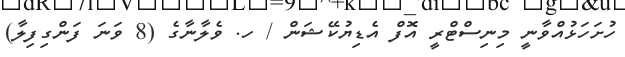
ހުށަހަޅުއްވާނީ މިނިސްޓްރީ އޮފް އެޑިޔުކޭޝަން / ހ. ވެލާނާގެ (8 ވަނަ ފަންގިފިލާ)